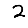
Digit: 2